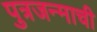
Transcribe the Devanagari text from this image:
पुत्रजन्माची